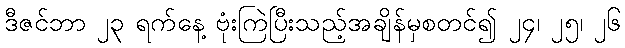
ဒီဇင်ဘာ ၂၃ ရက်နေ့ ဗုံးကြဲပြီးသည့်အချိန်မှစတင်၍ ၂၄၊ ၂၅၊ ၂၆